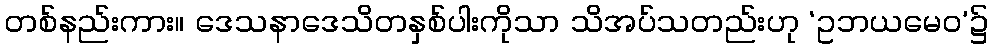
တစ်နည်းကား။ ဒေသနာဒေသိတနှစ်ပါးကိုသာ သိအပ်သတည်းဟု ‘ဥဘယမေဝ’၌